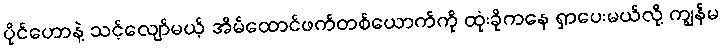
ပိုင်ဟောနဲ့ သင့်လျော်မယ့် အိမ်ထောင်ဖက်တစ်ယောက်ကို ထုံးခိုကနေ ရှာပေးမယ်လို့ ကျွန်မ